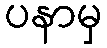
ပနာမှ